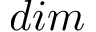
d i m